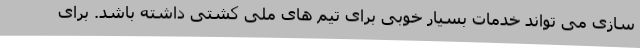
سازی می تواند خدمات بسیار خوبی برای تیم های ملی کشتی داشته باشد. برای